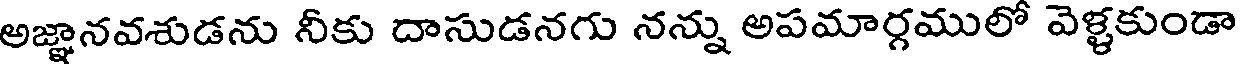
అజ్ఞానవశుడను నీకు దాసుడనగు నన్ను అపమార్గములో వెళ్ళకుండా